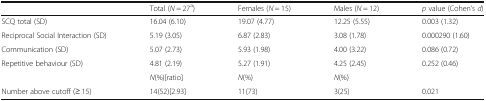
|  | Total (N = 27a) | Females (N = 15) | Males (N = 12) | p value (Cohen’s d) |
 | --- | --- | --- | --- | --- |
 | SCQ total (SD) | 16.04 (6.10) | 19.07 (4.77) | 12.25 (5.55) | 0.003 (1.32) |
 | Reciprocal Social Interaction (SD) | 5.19 (3.05) | 6.87 (2.83) | 3.08 (1.78) | 0.000290 (1.60) |
 | Communication (SD) | 5.07 (2.73) | 5.93 (1.98) | 4.00 (3.22) | 0.086 (0.72) |
 | Repetitive behaviour (SD) | 4.81 (2.19) | 5.27 (1.91) | 4.25 (2.45) | 0.252 (0.46) |
 |  | N(%)[ratio] | N(%) | N(%) |  |
 | Number above cutoff (≥ 15) | 14(52)[2.93] | 11(73) | 3(25) | 0.021 |